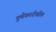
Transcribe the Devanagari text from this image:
पुणेकरदेखील